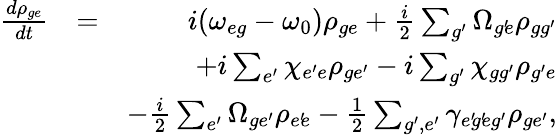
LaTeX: \begin{array}{rlr}{\frac{d\rho_{ge}}{dt}}&{=}&{i(\omega_{eg}-\omega_{0})\rho_{ge}+\frac{i}{2}\sum_{g^{\prime}}\Omega_{g^{\prime}\! e}\rho_{gg^{\prime}}}\\ &{}&{+i\sum_{e^{\prime}}\chi_{e^{\prime}e}\rho_{ge^{\prime}}-i\sum_{g^{\prime}}\chi_{gg^{\prime}}\rho_{g^{\prime}e}}\\ &{}&{-\frac{i}{2}\sum_{e^{\prime}}\Omega_{ge^{\prime}}\rho_{e^{\prime}\! e}-\frac{1}{2}\sum_{g^{\prime},e^{\prime}}\gamma_{e^{\prime}\! g^{\prime}\! eg^{\prime}}\rho_{ge^{\prime}},}\end{array}